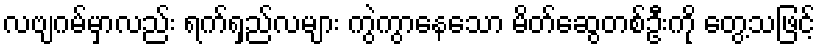
လဗျဂမ်မှာလည်း ရက်ရှည်လများ ကွဲကွာနေသော မိတ်ဆွေတစ်ဦးကို တွေ့သဖြင့်